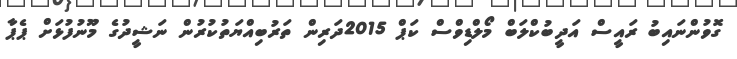
ގޮވުންނައިބު ރައީސް އަދީބުކްލަބް މޯލްޑިވްސް ކަޕް 2015ދަރިން ތަރުބިއްޔަތުކުރުން ނަޝީދުގެ މޫނުފުޅަށް ޕެޕާ